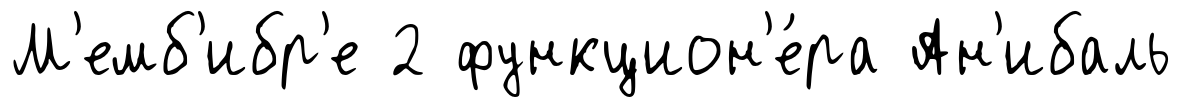
М'емб'ибр'е 2 функцион'е́ра Ан'ибаль